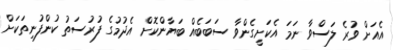
އެއަށް ވުރެ ލަސްވާ ނަމަ އެކަށީގެންވާ ސަބަބެއް ބަޔާންކޮށް އެދުމުގެ ފުރުސަތު ކުންފުނިތަކަށް